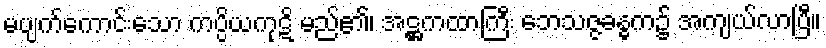
မပျက်ကောင်းသော ကပ္ပိယကုဋိ မည်၏၊ အဋ္ဌကထာကြီး ဘေသဇ္ဇခန္ဓက၌ အကျယ်လာပြီ။